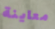
معاينة